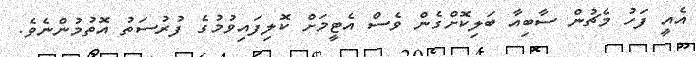
އެއީ ފަހު މެޗުން ސާބިއާ ބަލިކޮށްގެން ވެސް އެޓީމަށް ކޮލިފައިވުމުގެ ފުރުސަތު އޮތުމުންނެވެ.